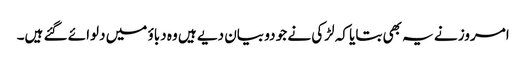
امروز نے یہ بھی بتایا کہ لڑکی نے جو دو بیان دیے ہیں وہ دباؤ میں دلوائے گئے ہیں۔